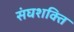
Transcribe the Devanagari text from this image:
संघशक्ति